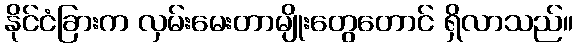
နိုင်ငံခြားက လှမ်းမေးတာမျိုးတွေတောင် ရှိလာသည်။